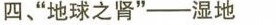
四、“地球之肾”——湿地